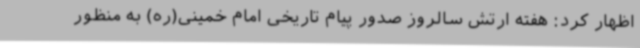
اظهار کرد: هفته ارتش سالروز صدور پیام تاریخی امام خمینی(ره) به منظور